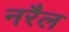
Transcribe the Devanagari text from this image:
नरैल